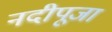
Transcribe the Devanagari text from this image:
नदीपूजा